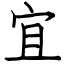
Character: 宜